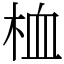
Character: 桖